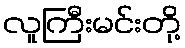
လူကြီးမင်းတို့